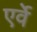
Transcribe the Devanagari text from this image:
एर्वे